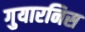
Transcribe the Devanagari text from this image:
गुयारनिस